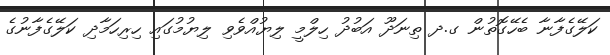
ކަލޭގެފާނާ ބެހޭގޮތުން ގ.ދ ތިނަދޫ އަބުދު ހިލްމީ ލިޔުއްވެވި ލިޔުމުގައި ހިރިހަމާދި ކަލޭގެފާނުގެ